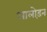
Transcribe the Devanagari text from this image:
आलोड़न